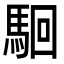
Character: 𩢱